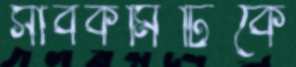
সাবকমিটিকে